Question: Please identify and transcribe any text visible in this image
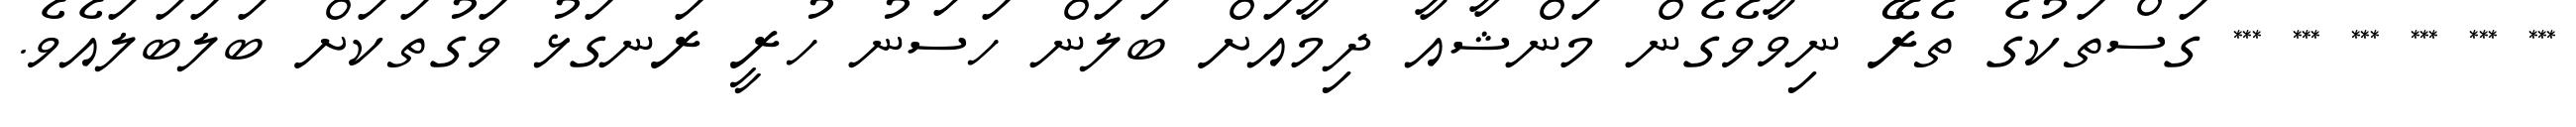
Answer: *** *** *** *** *** *** ގަސްތަކުގެ ތެރޭ ނިވާވެގެން މަންޝާއާ ދިމާއަށް ބަލަން ހަސަނު ހުރީ ރަނގަޅު ވަގުތަކަށް ބަލަބަލައެވެ.